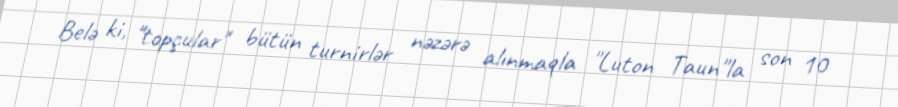
Belə ki, "topçular" bütün turnirlər nəzərə alınmaqla "Luton Taun"la son 10